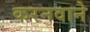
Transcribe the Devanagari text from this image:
करनवाने